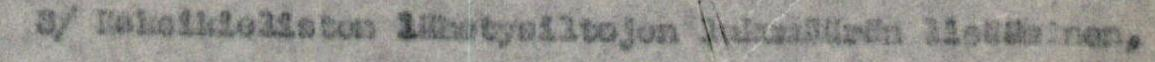
3/ Kaksikielisten lähetysiltojen lukumäärän lisääminen,